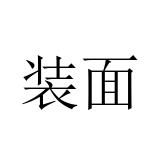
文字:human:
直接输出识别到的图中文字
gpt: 装面